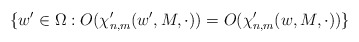
\begin{align*} \{w' \in \Omega: O(\chi_{n,m}'(w', M, \cdot)) = O(\chi_{n,m}'(w, M, \cdot))\} \end{align*}